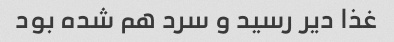
غذا دیر رسید و سرد هم شده بود